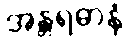
အန္တရဓာနံ